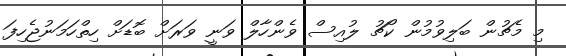
މި މެޗުން ބަލިވުމުން ކޯޗު ލުއިސް ވެންހާލް ވަނީ ވަރަށް ބޮޑަށް ހިތްހަމަނުޖެހިފަ